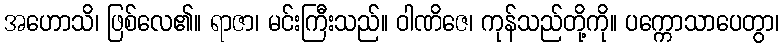
အဟောသိ၊ ဖြစ်လေ၏။ ရာဇာ၊ မင်းကြီးသည်။ ဝါဏိဇေ၊ ကုန်သည်တို့ကို။ ပက္ကောသာပေတွာ၊